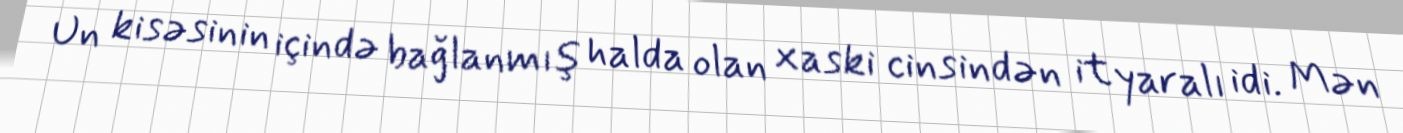
Un kisəsinin içində bağlanmış halda olan xaski cinsindən it yaralı idi. Mən